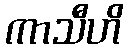
ကာသီဟိ